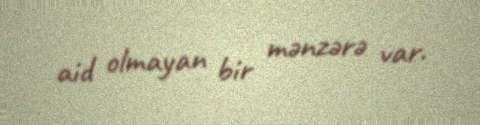
aid olmayan bir mənzərə var.